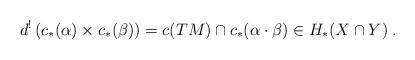
LaTeX: \begin{align*} d^!\left( c_*(\alpha) \times c_*(\beta) \right) = c(TM)\cap c_*(\alpha \cdot \beta) \in H_*(X\cap Y)\:. \end{align*}